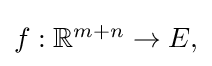
{\textstyle f:\mathbb {R} ^{m+n}\to E,}